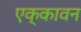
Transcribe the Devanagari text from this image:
एक्कावन